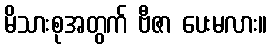
မိသားစုအတွက် ဗီဇာ ပေးမလား။